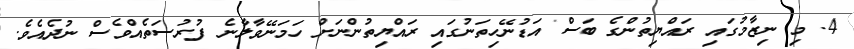
4. މި ނިޒާމުގައި ރައްޔިތުންގެ ބަސް އަޑުނޭހިތަނުގައި ރައްޔިތުންނަށް ހަމަނޭވާލާނެ ފުރުސަތެއްވެސް ނުދެއެވެ.